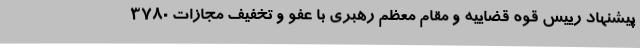
پیشنهاد رییس قوه قضاییه و مقام معظم رهبری با عفو و تخفیف مجازات 3780